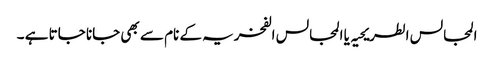
المجالس الطریحیہ یا المجالس الفخریہ کے نام سے بھی جانا جاتا ہے ۔